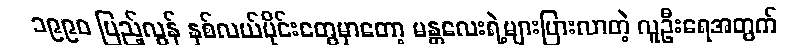
၁၉၉၀ ပြည့်လွန် နှစ်လယ်ပိုင်းတွေမှာတော့ မန္တလေးရဲ့များပြားလာတဲ့ လူဦးရေအတွက်